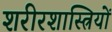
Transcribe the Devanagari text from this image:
शरीरशास्त्रियों